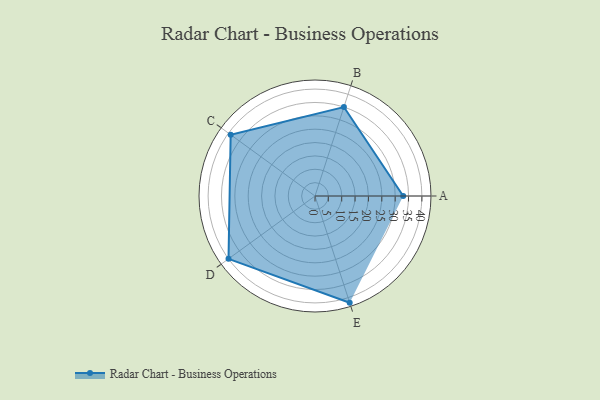
{"axis": {"x": "Skill", "y": "Score"}, "legend": ["Profile"], "data": [{"x": "A", "y": 33.0, "type": "Profile"}, {"x": "B", "y": 35.0, "type": "Profile"}, {"x": "C", "y": 39.0, "type": "Profile"}, {"x": "D", "y": 40.0, "type": "Profile"}, {"x": "E", "y": 42.0, "type": "Profile"}]}